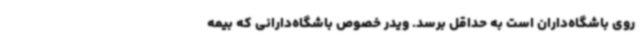
روی باشگاه‌داران است به حداقل برسد. ویدر خصوص باشگاه‌دارانی که بیمه